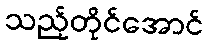
သည့်တိုင်အောင်